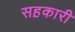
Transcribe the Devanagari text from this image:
सह़कारी